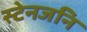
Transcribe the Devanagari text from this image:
स्टेनजनि